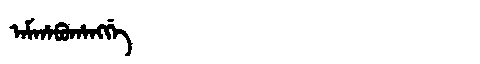
Manchu: ᠠᠮᡥᠠᠪᡠᡥᠠᠩᡤᡝ
Romanization: AMHABUHANGGE